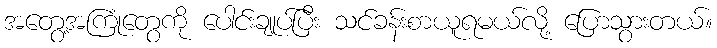
အတွေ့အကြုံတွေကို ပေါင်းချုပ်ပြီး သင်ခန်းစာယူရမယ်လို့ ပြောသွားတယ်။